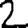
Digit: 2